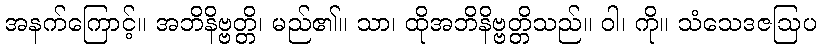
အနက်ကြောင့်။ အဘိနိဗ္ဗတ္တိ၊ မည်၏။ သာ၊ ထိုအဘိနိဗ္ဗတ္တိသည်။ ဝါ၊ ကို။ သံသေဒဇဩပ